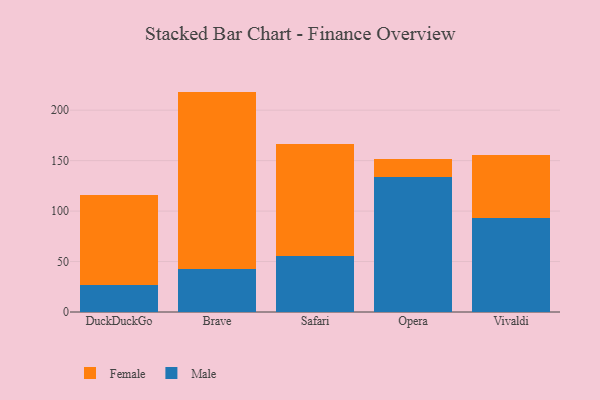
{"axis": {"x": "Browser", "y": "Churn Rate (%)"}, "legend": ["Female", "Male"], "data": [{"x": "DuckDuckGo", "y": 27.2, "type": "Male"}, {"x": "DuckDuckGo", "y": 89.2, "type": "Female"}, {"x": "Brave", "y": 43.0, "type": "Male"}, {"x": "Brave", "y": 175.4, "type": "Female"}, {"x": "Safari", "y": 55.7, "type": "Male"}, {"x": "Safari", "y": 111.2, "type": "Female"}, {"x": "Opera", "y": 133.7, "type": "Male"}, {"x": "Opera", "y": 18.3, "type": "Female"}, {"x": "Vivaldi", "y": 93.3, "type": "Male"}, {"x": "Vivaldi", "y": 62.3, "type": "Female"}]}